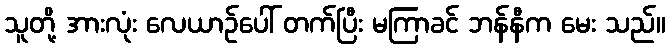
သူတို့ အားလုံး လေယာဉ်ပေါ် တက်ပြီး မကြာခင် ဘန်နီက မေး သည်။